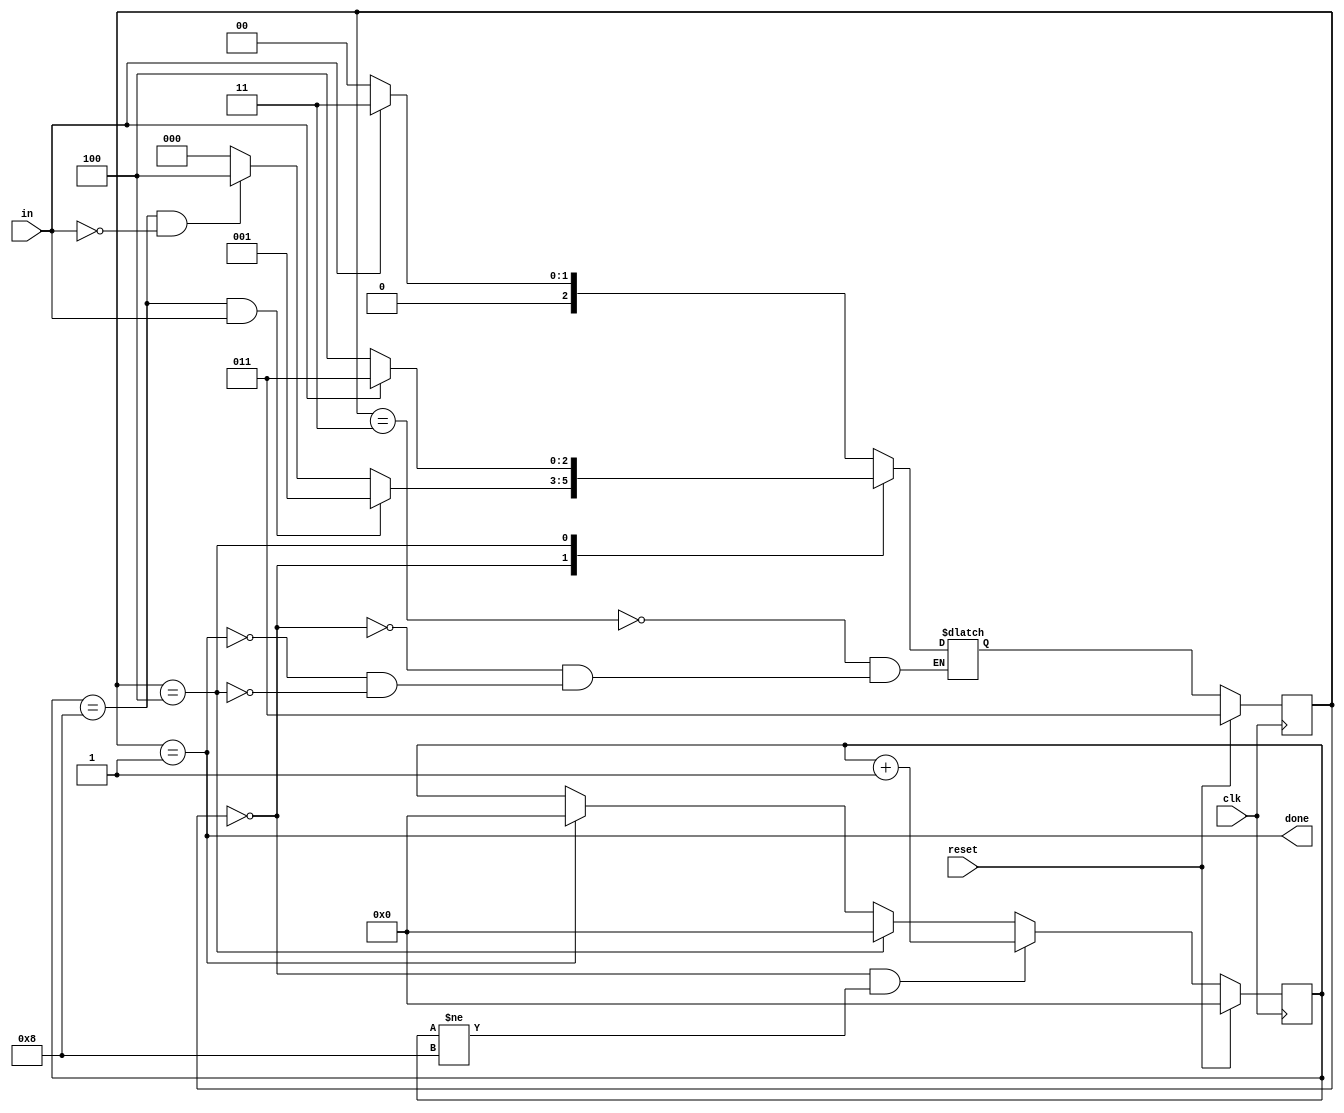
module top_module(
    input clk,
    input in,
    input reset,    // Synchronous reset
    output done
); 
    reg [3:0] i;
    parameter RECV=0, DONE=1, READY=3, ERROR=4;
    reg [2:0] state, next_state;

    always @(*) begin
        case (state)
            READY: next_state <= in ? READY : RECV;
            RECV: begin
                if((i==8)&in) begin
                    next_state <= DONE;
                end else if((i==8)&(~in)) begin
                    next_state <= ERROR;
                end else begin
                    next_state <= RECV;
                end
            end
            DONE: next_state <= in ? READY : RECV;
            ERROR: next_state <= in ? READY : ERROR;
        endcase
    end

    always @(posedge clk) begin
        if(reset) begin
            state <= READY;
            i <= 0;
        end else begin
            if((state == RECV)&&(i!=8)) begin
                i <= i + 1;
            end else if(state == ERROR) begin
                i <= 0;
            end else if(state == DONE) begin
                i <= 0;
            end
            state <= next_state;
        end
    end
    assign done = (state == DONE);

    
endmodule